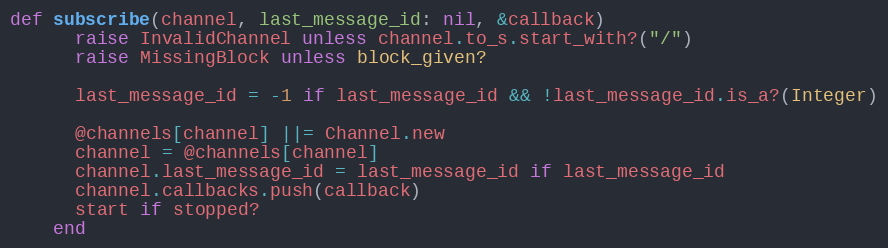
Language: Ruby
def subscribe(channel, last_message_id: nil, &callback)
      raise InvalidChannel unless channel.to_s.start_with?("/")
      raise MissingBlock unless block_given?

      last_message_id = -1 if last_message_id && !last_message_id.is_a?(Integer)

      @channels[channel] ||= Channel.new
      channel = @channels[channel]
      channel.last_message_id = last_message_id if last_message_id
      channel.callbacks.push(callback)
      start if stopped?
    end